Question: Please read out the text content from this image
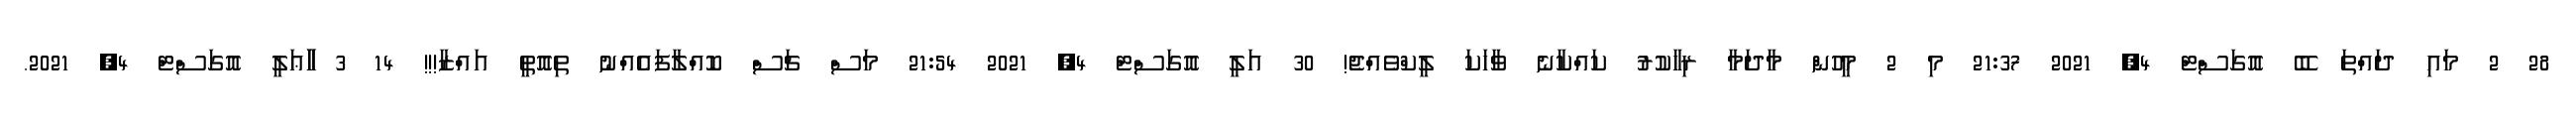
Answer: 28 2 މައި ދައްތަ ބޭ އޮގަސްޓް 4, 2021 21:37 މި 2 މީހުން މާދަމާ ރިހާކުރު ކައްކާނެ ވާހަކަ ލީކްވެއްޖެ! 30 އަލީ އޮގަސްޓް 4, 2021 21:54 މަސް ޗަސް ކޮއްލާފައެއްނު ތިއޮތީ އައްޒާ!!! 14 3 ާާާޢަލީ އޮގަސްޓް 4, 2021.